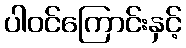
ပါဝင်ကြောင်းနှင့်